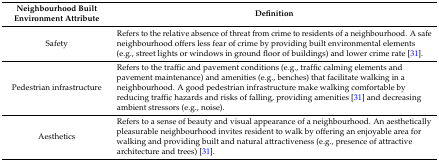
<table><thead><tr><td><b>Neighbourhood Built Environment Attribute</b></td><td><b>Definition</b></td></tr></thead><tbody><tr><td>Safety</td><td>Refers to the relative absence of threat from crime to residents of a neighbourhood. A safe neighbourhood offers less fear of crime by providing built environmental elements (e.g., street lights or windows in ground floor of buildings) and lower crime rate [31].</td></tr><tr><td>Pedestrian infrastructure</td><td>Refers to the traffic and pavement conditions (e.g., traffic calming elements and pavement maintenance) and amenities (e.g., benches) that facilitate walking in a neighbourhood. A good pedestrian infrastructure make walking comfortable by reducing traffic hazards and risks of falling, providing amenities [31] and decreasing ambient stressors (e.g., noise).</td></tr><tr><td>Aesthetics</td><td>Refers to a sense of beauty and visual appearance of a neighbourhood. An aesthetically pleasurable neighbourhood invites resident to walk by offering an enjoyable area for walking and providing built and natural attractiveness (e.g., presence of attractive architecture and trees) [31].</td></tr></tbody></table>